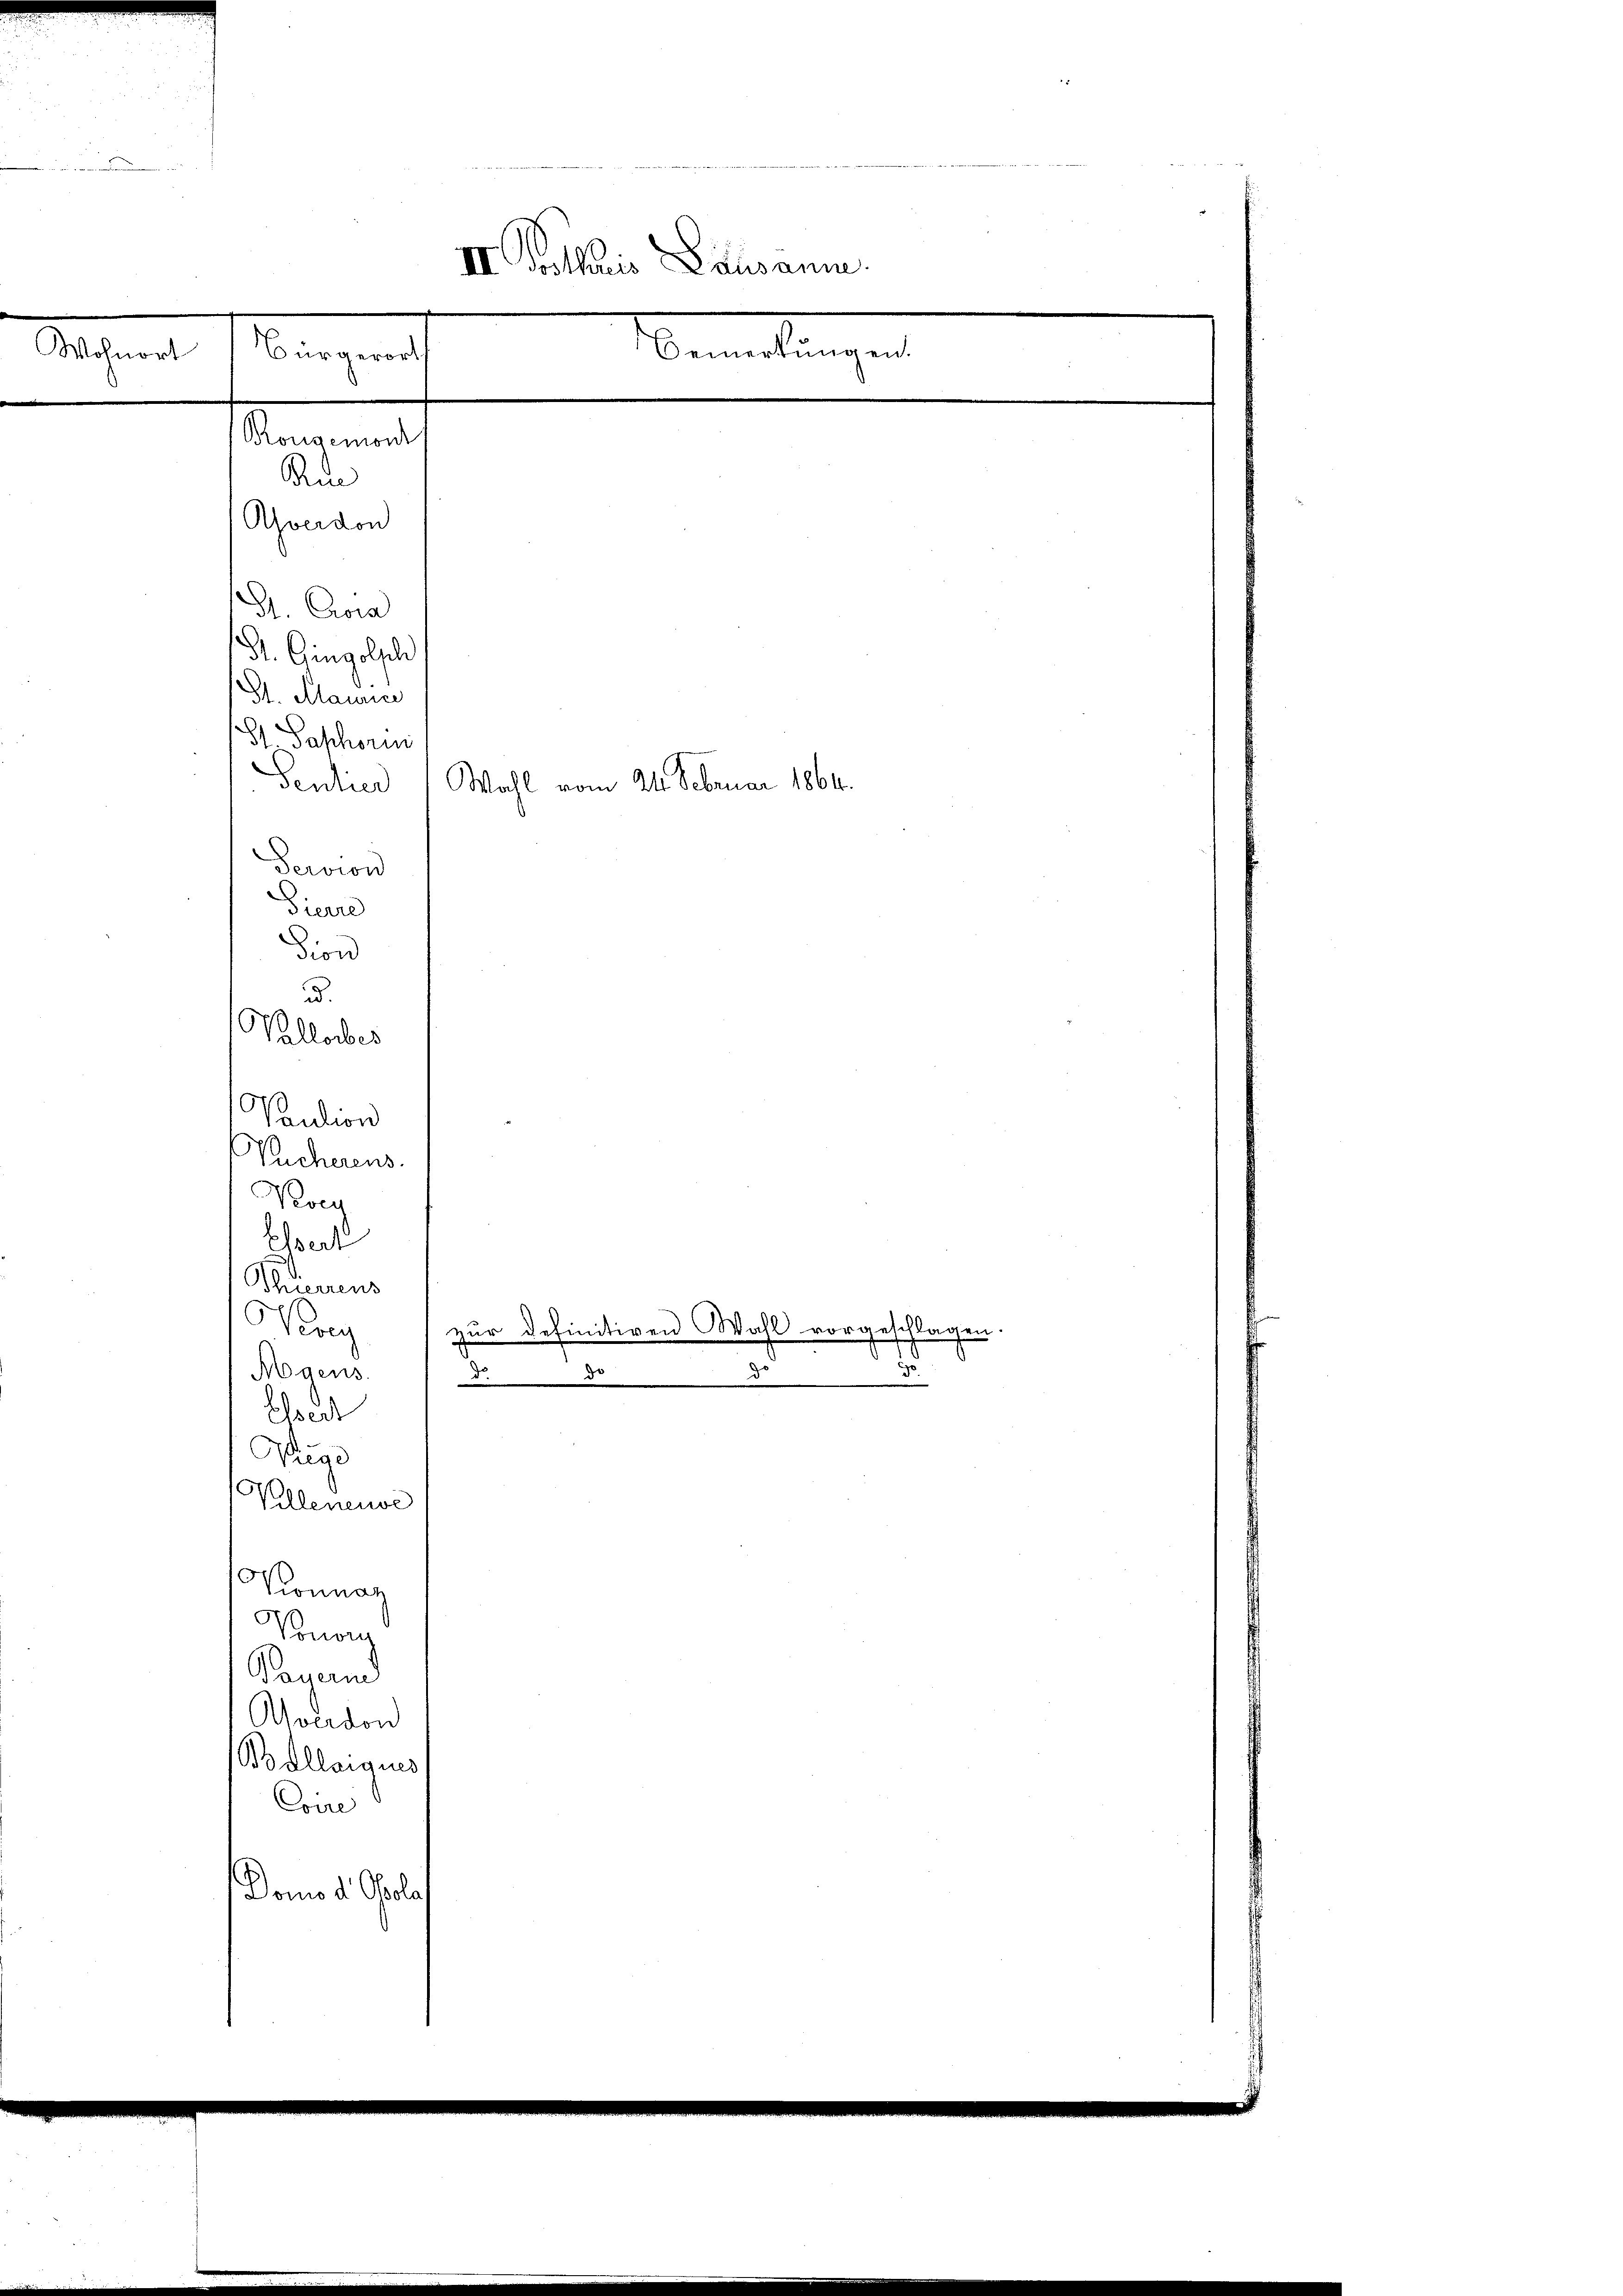
n und
II Gothis Lausanne.
Bemerkungen.
Wohnort
Bürgerorts
Rongemon
Am
Ahverdon
G. Cora
St. Gingolsch
St. Maurice
St Saphori
Sentier Wahl vom 24. Februar 1864.
Scision
Pierre
sion
ad.
Vallorbes
Vaution

Recherens.
Koc
Ehet
Thierrens
Wag
Mgens.
essert
Weige
Willeneuve
Konnag
Vonon
Pauerm
Averdon
Bollargues
Corre
Dono d. Obola,

zur definitiven Wahl vorgeschlagen.
d
d
30